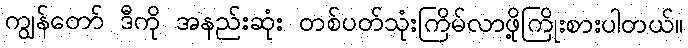
ကျွန်တော် ဒီကို အနည်းဆုံး တစ်ပတ်သုံးကြိမ်လာဖို့ကြိုးစားပါတယ်။